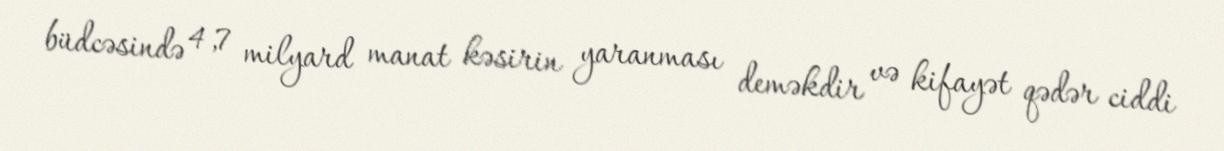
büdcəsində 4,7 milyard manat kəsirin yaranması deməkdir və kifayət qədər ciddi